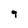
Character: 9